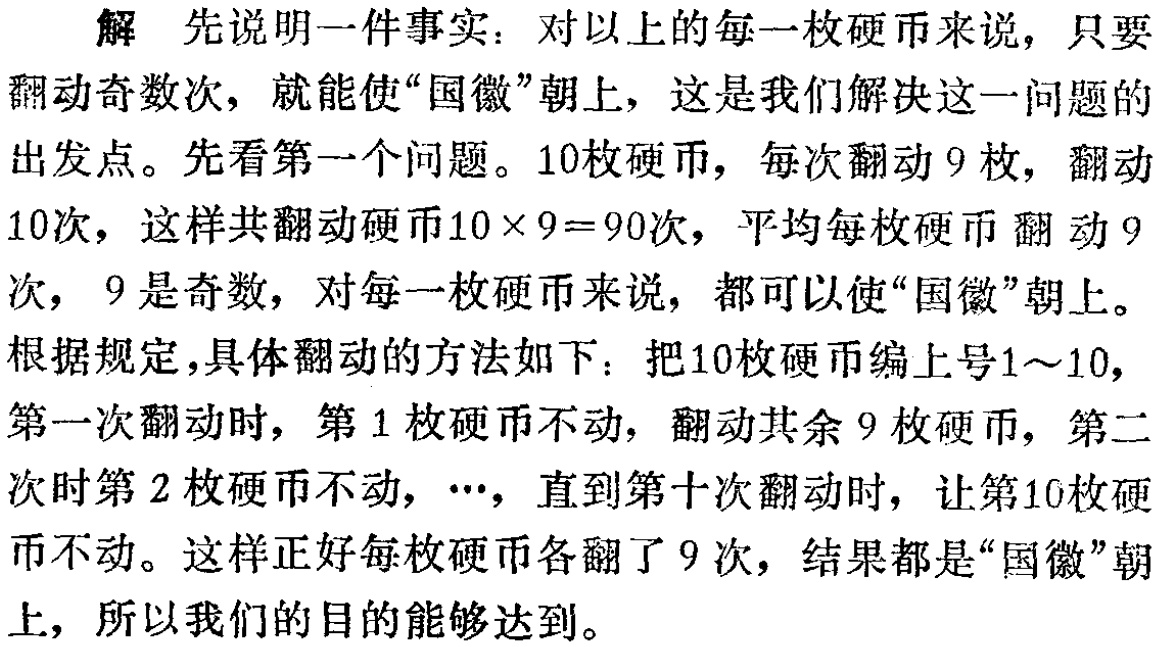
解 先说明一件事实：对以上的每一枚硬币来说，只要翻动奇数次，就能使“国徽”朝上，这是我们解决这一问题的出发点。先看第一个问题。10枚硬币，每次翻动9枚，翻动10次，这样共翻动硬币\(10\times9 = 90\)次，平均每枚硬币翻动9次，9是奇数，对每一枚硬币来说，都可以使“国徽”朝上。根据规定，具体翻动的方法如下：把10枚硬币编上号1～10，第一次翻动时，第1枚硬币不动，翻动其余9枚硬币，第二次时第2枚硬币不动，\(\cdots\)，直到第十次翻动时，让第10枚硬币不动。这样正好每枚硬币各翻了9次，结果都是“国徽”朝上，所以我们的目的能够达到。